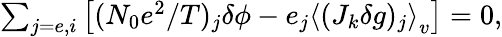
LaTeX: \begin{array}{r}{\sum_{j=e,i}\left[(N_{0}e^{2}/T)_{j}\delta\phi-e_{j}\left\langle(J_{k}\delta g)_{j}\right\rangle_{v}\right]=0,}\end{array}